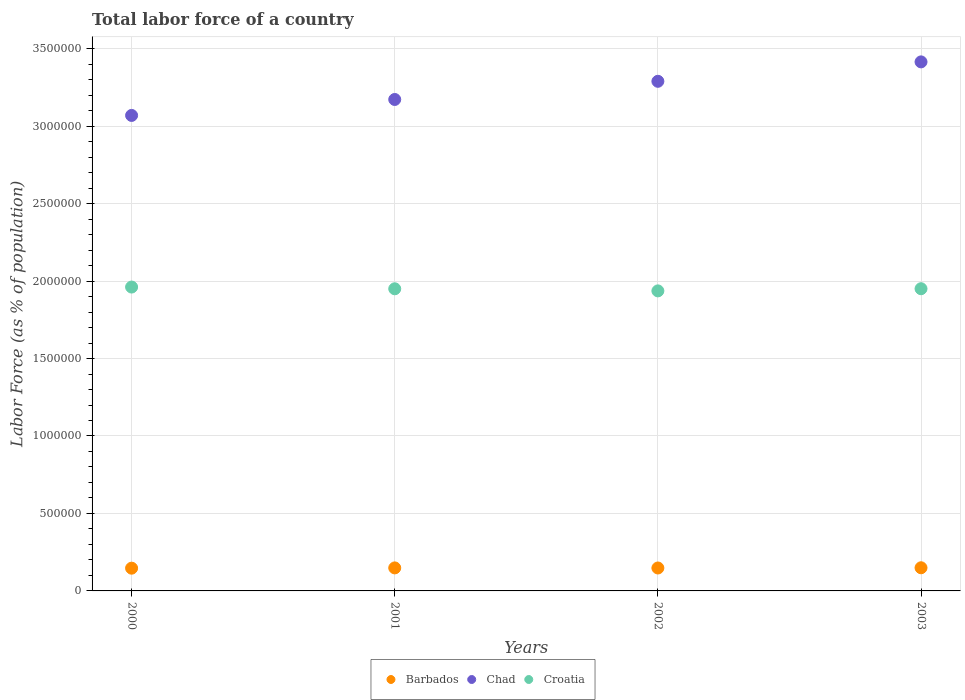
| Years | Barbados | Chad | Croatia |
 | --- | --- | --- | --- |
 | 2000 | 1.47e+05 | 3.07e+06 | 1.96e+06 |
 | 2001 | 1.49e+05 | 3.17e+06 | 1.95e+06 |
 | 2002 | 1.48e+05 | 3.29e+06 | 1.94e+06 |
 | 2003 | 1.49e+05 | 3.41e+06 | 1.95e+06 |